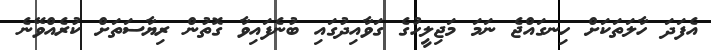
އެފަދަ ހާލަތަކަށް ހިނގައްޖެ ނަމަ މަޖިލީހުގެ ގަވާއިދުގައި ބުނެފައިވާ ގޮތުން ރިޔާސަތަށް ކުރެއްވޭނެ